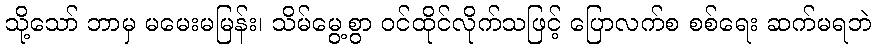
သို့သော် ဘာမှ မမေးမမြန်း၊ သိမ်မွေ့စွာ ဝင်ထိုင်လိုက်သဖြင့် ပြောလက်စ စစ်ရေး ဆက်မရဘဲ